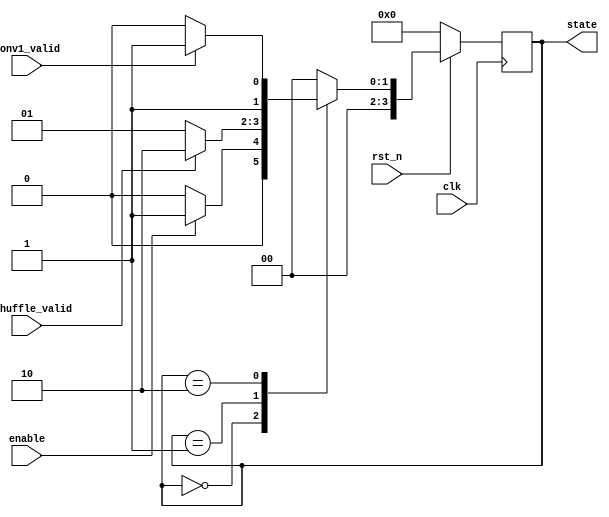
module FSM(
input clk, rst_n,
input enable, unshuffle_valid, conv1_valid,
output reg [4-1:0] state
);

reg [4-1:0] state_n;
parameter IDLE = 4'd0, UNSHUFFLE = 4'd1, CONV1 = 4'd2, FINISH = 4'd3;

always @* begin
    case (state) 
        IDLE: begin
            if (enable) begin
                state_n = UNSHUFFLE;
            end
            else begin
                state_n = IDLE;
            end
        end
        UNSHUFFLE: begin
            if (unshuffle_valid) begin
                state_n = CONV1;
            end
            else begin
                state_n = UNSHUFFLE;
            end
        end
        CONV1: begin
            if (conv1_valid) begin
                state_n = FINISH;
            end
            else begin
                state_n = CONV1;
            end
        end
        default: state_n = IDLE;
    endcase
end

always @(posedge clk) begin
    if (~rst_n) begin
        state <= IDLE;
    end
    else begin
        state <= state_n;
    end
end

endmodule